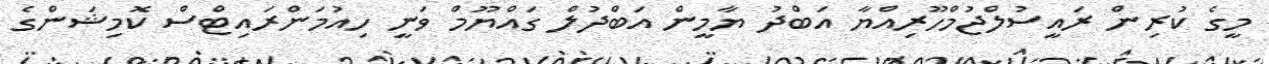
މީގެ ކުރިން ރައީސުލްޖުމްހޫރިއްޔާ އަބްދު ޔާމީން އަބްދުލް ގައްޔޫމް ވަނީ ހިއުމަންރައިޓްސް ކޮމިޝަންގެ